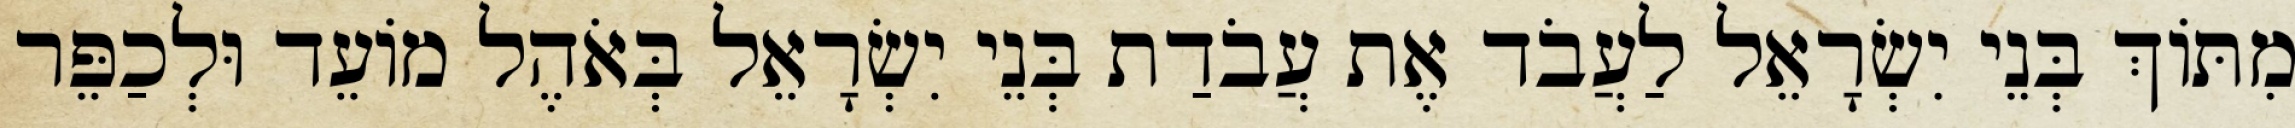
מִתּוֹךְ בְּנֵי יִשְׂרָאֵל לַעֲבֹד אֶת עֲבֹדַת בְּנֵי יִשְׂרָאֵל בְּאֹהֶל מוֹעֵד וּלְכַפֵּר